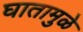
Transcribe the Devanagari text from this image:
घातामुळे